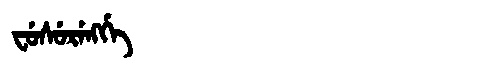
Manchu: ᠸᡠᠰᡠᡵᡝᠩᡤᡝ
Romanization: FUSURENGGE